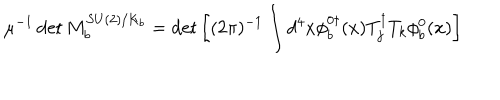
\mu ^ { - 1 } \det M _ { b } ^ { S U ( 2 ) / K _ { b } } = \det \left[ ( 2 \pi ) ^ { - 1 } \int d ^ { 4 } x \phi _ { b } ^ { 0 \dagger } ( x ) T _ { j } ^ { \dagger } T _ { k } \phi _ { b } ^ { 0 } ( x ) \right]